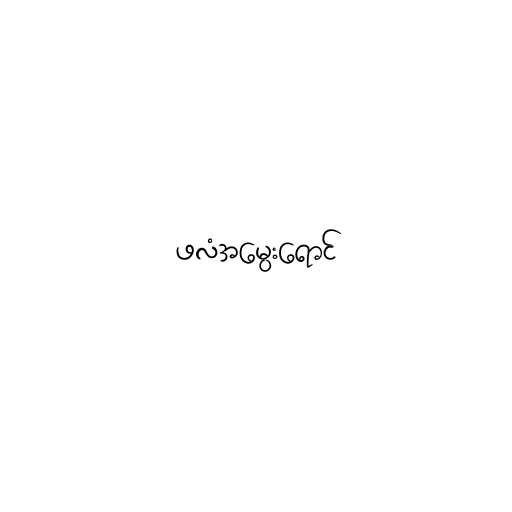
ဖလံအမွေးရောင်